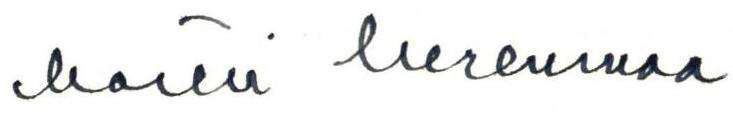
Martti Merenmaa